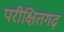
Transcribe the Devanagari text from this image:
परीक्षितगढ़